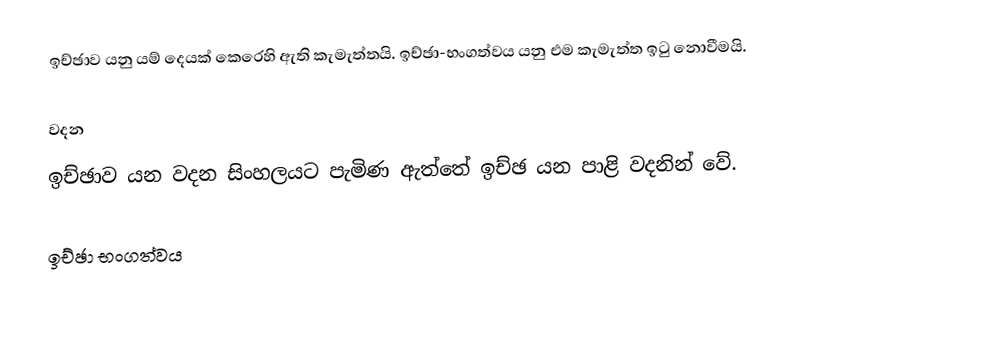
ඉච්ඡාව යනු යම් දෙයක් කෙරෙහි ඇති කැමැත්තයි. ඉච්ඡා-භංගත්වය යනු එම කැමැත්ත ඉටු නොවීමයි.

වදන
ඉච්ඡාව යන වදන සිංහලයට පැමිණ ඇත්තේ ඉච්ඡ යන පාළි වදනින් වේ.

ඉච්ඡා භංගත්වය